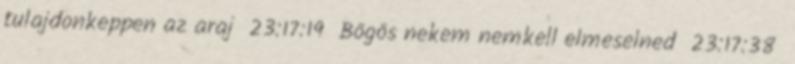
tulajdonkeppen az araj 23:17:19 Bögös nekem nemkell elmeselned 23:17:38